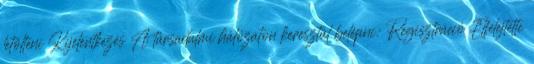
letölteni Kijelentkezés A társadalmi hálózaton keresztül belépni: Regisztráció Elfelejtette